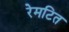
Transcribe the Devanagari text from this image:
रेमटित